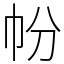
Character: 帉